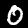
Label: 0